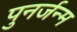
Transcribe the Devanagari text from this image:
पुनर्जन्‍म